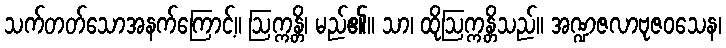
သက်တတ်သောအနက်ကြောင့်။ ဩက္ကန္တိ၊ မည်၏။ သာ၊ ထိုဩက္ကန္တိသည်။ အဏ္ဍဇလာဗုဇဝသေန၊